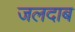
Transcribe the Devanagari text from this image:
जलदाब